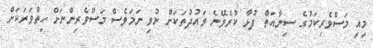
މިއީ މަސްވެރިކަމުގެ ސިނާއަތް ފުޅާ ކުރެވޭނެ ވައުދުތަކަށް ނުވި ނަމަވެސް މަސްވެރިންނަށް ހިތްވަރަކަށް